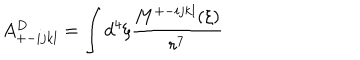
A _ { + - i j k l } ^ { D } = \int d ^ { 4 } \xi \frac { M ^ { + - i j k l } ( \xi ) } { r ^ { 7 } }